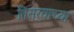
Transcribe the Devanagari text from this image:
तिसर्‍याच्या